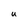
Character: U